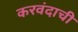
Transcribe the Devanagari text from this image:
करवंदाची